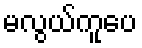
မလွယ်ကူပေ